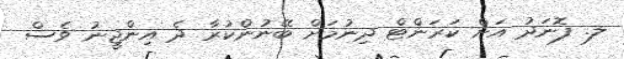
ލ. ފޮނަދު އަށް ކަރަންޓް ދިނުމަށް ބޭނުންކުރާ ދެ އިންޖީނު ވެސް